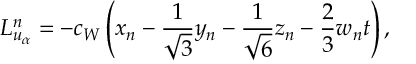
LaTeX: L _ { u _ { \alpha } } ^ { n } = - c _ { W } \left( x _ { n } - \frac { 1 } { \sqrt 3 } y _ { n } - \frac { 1 } { \sqrt 6 } z _ { n } - \frac { 2 } { 3 } w _ { n } t \right) ,